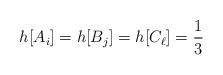
LaTeX: \begin{align*}h[A_i]=h[B_j]=h[C_\ell]=\frac{1}{3}\end{align*}